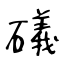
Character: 礒